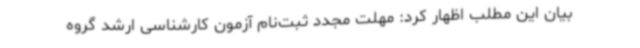
بیان این مطلب اظهار کرد: مهلت مجدد ثبت‌نام آزمون کارشناسی ارشد گروه